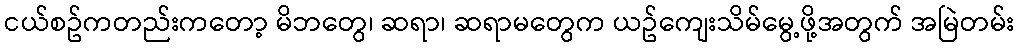
ငယ်စဥ်ကတည်းကတော့ မိဘတွေ၊ ဆရာ၊ ဆရာမတွေက ယဥ်ကျေးသိမ်မွေ့ဖို့အတွက် အမြဲတမ်း